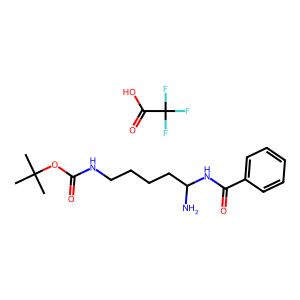
SMILES: CC(C)(C)OC(=O)NCCCCC(N)NC(=O)c1ccccc1.O=C(O)C(F)(F)F
Inhibits HIV replication: No